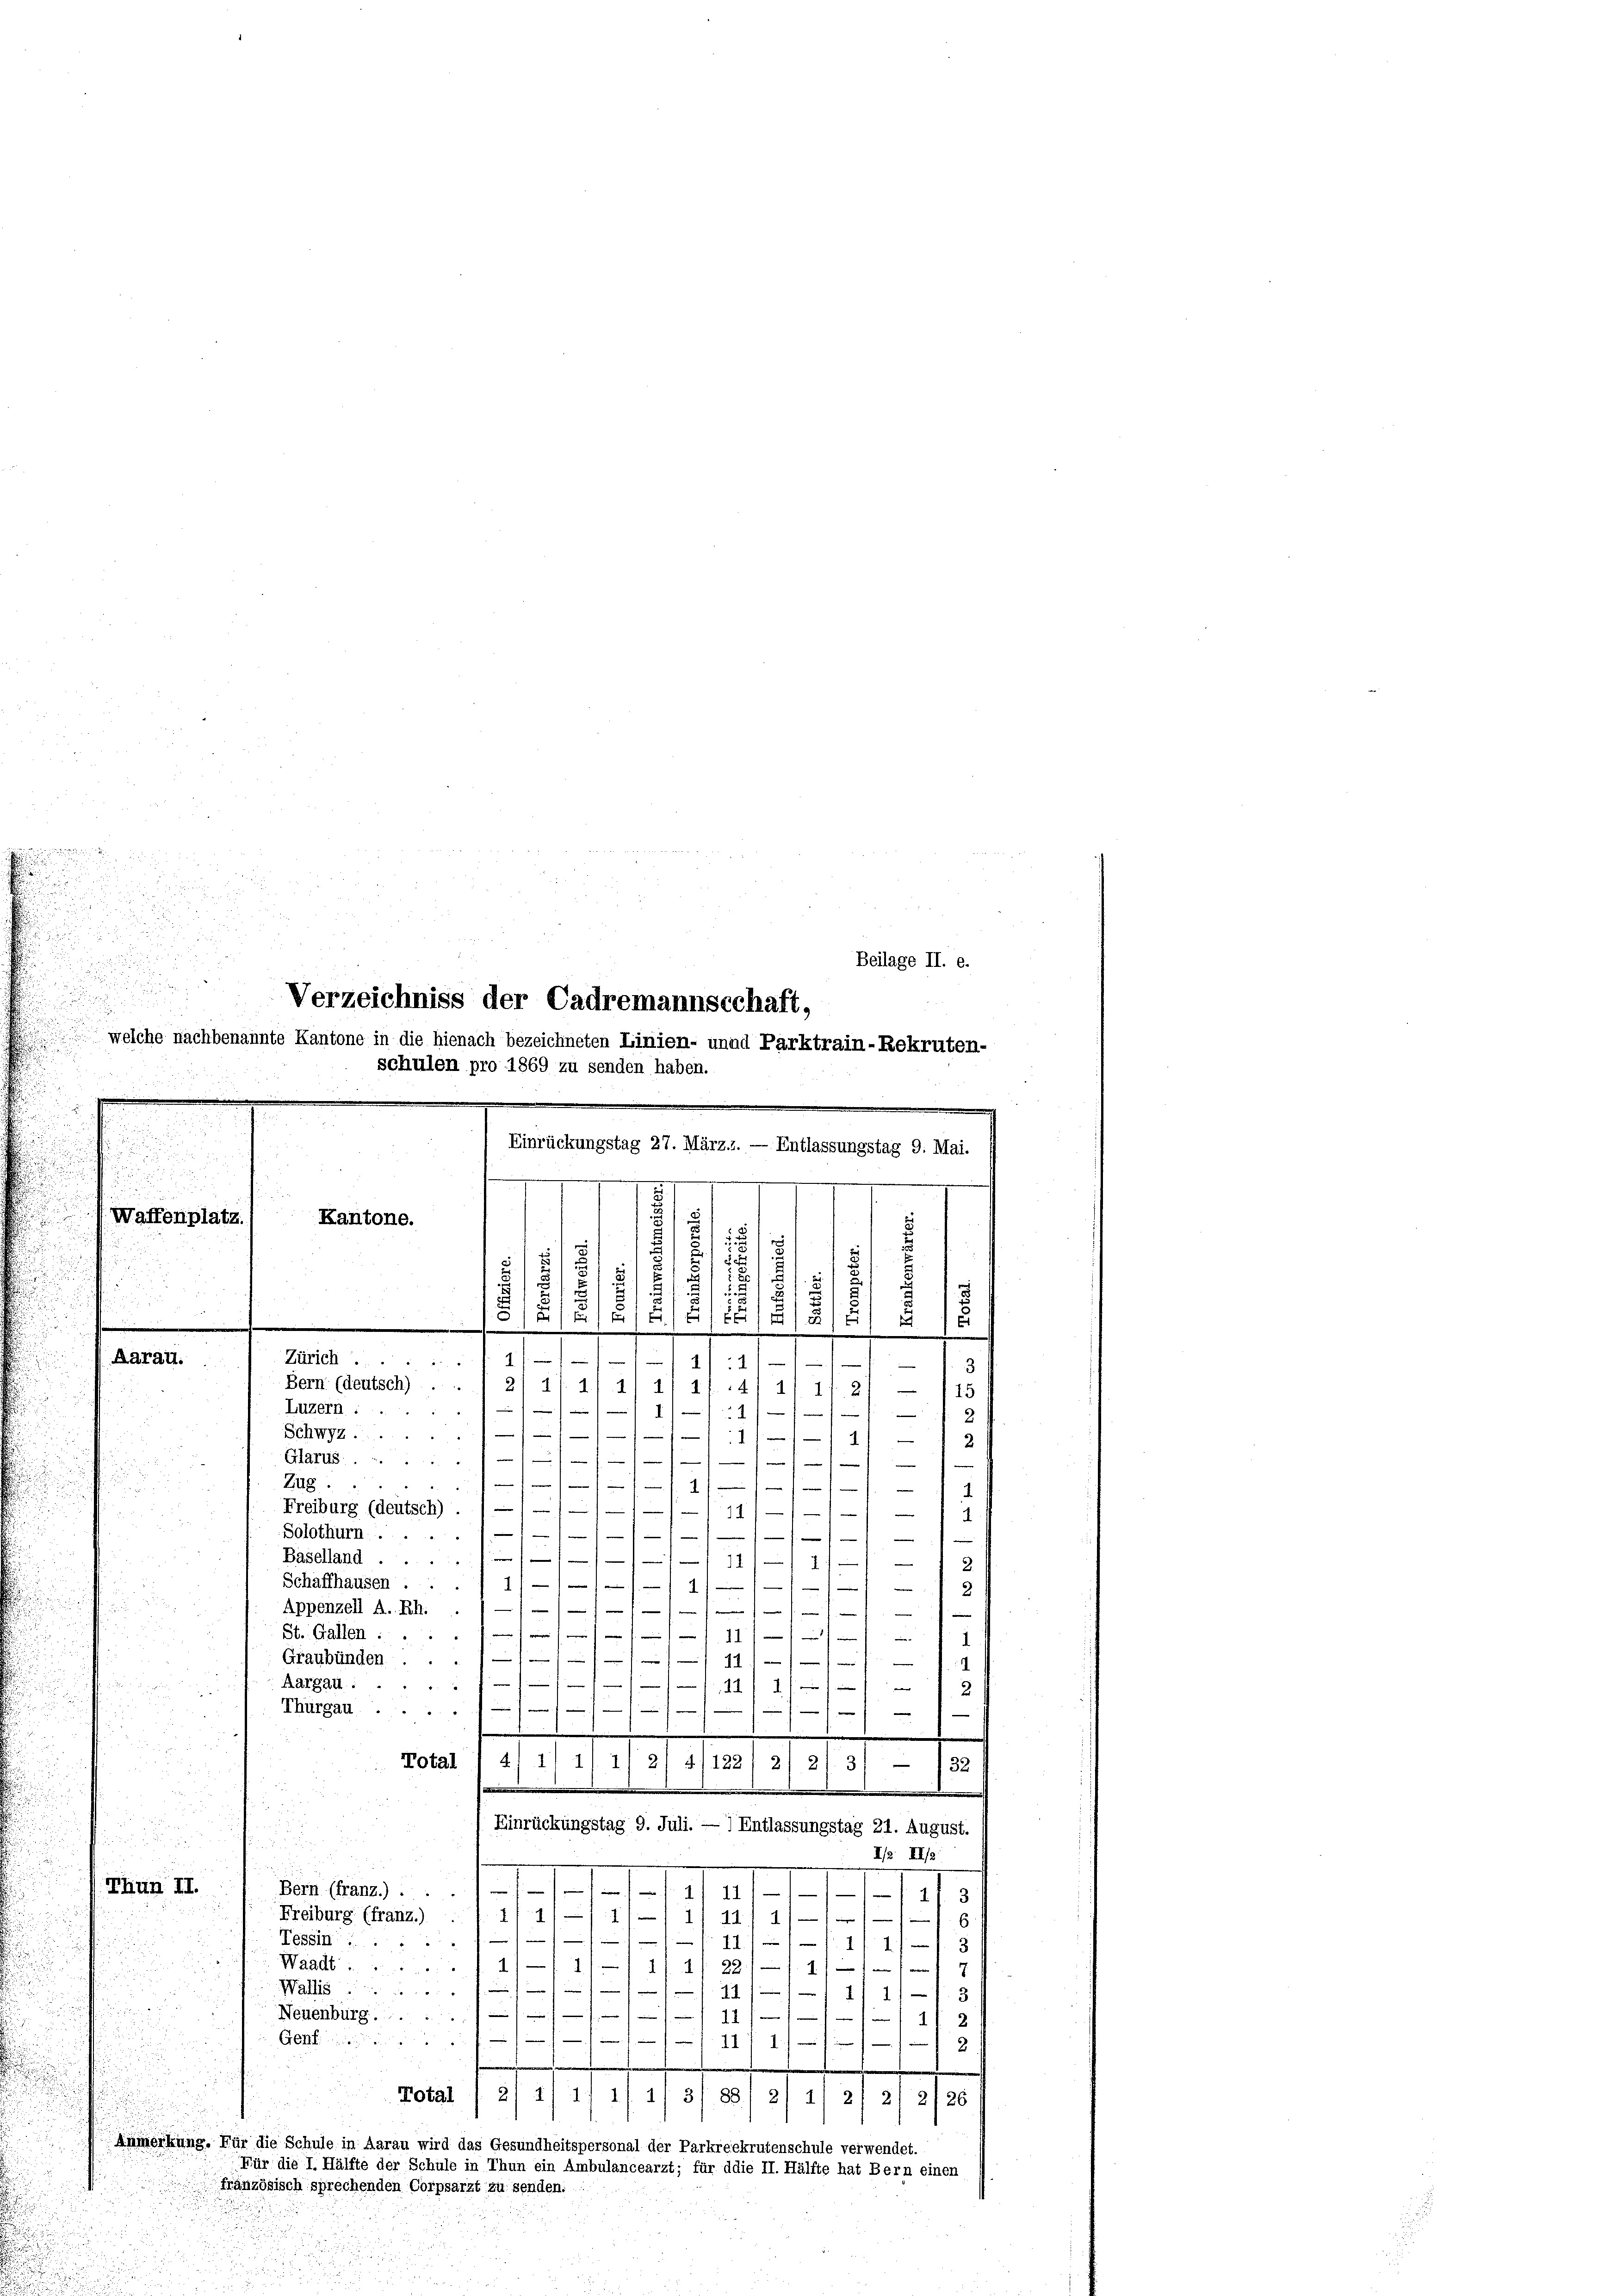
a

5

Beilage II. e.
o
Verzeichniss der Cadremannscchaft,
welche nachbenannte Kantone in die hienach bezeichneten Linien- unnd Parktrain-Rekruten-
schulen pro 1869 zu senden haben.
m
Einrückungstag 27. März.z. — Entlassungstag 9. Mai.
.
e
.
Waffenplatz. 1
Kantone.
¬
2
s
2
d
d
8
E
t
1
s
.
8
.
e
1
.
e
e
Zürich
2
Aarau.
1
e
1

11. 14/ 1
Bern (deutsch) ... 2/ 1/ 1/ 1
1
125
1
1
4

e

1
2

Luzern:
Schwyz.
1)
Glarus.1)

.
f
Zug.
1/ 1
—
d
Freiburg (deutsch) .//////-111////
e
e
Solothurn.//11/1
1
Baselland ......  ..   11/1 71
e
2.
Schaffhausen ... 1///1

2
e
r
2
Appenzell A. Rh. ./ —
i
¬

 wie somit 11

St. Gallen ....
i
1
Graubünden ...           11 m
e
.
Aargau:

i
.

Thurgau.

.
Total
.
1) 11 1/2, 4/122/ 2/ 2
3
132
Einrückungstag 9. Juli. — ) Entlassungstag 21. August.
H II/
Thun II.
Bern (franz.) .
.
11
/1 11. 31

Freiburg (franz.)
7 f 1
2/11 14. 21
1
Tessin. 11. II.1
3
1
Waadt 1/
11/4/4/ 22) — 11) —
Wallis  ..  ..  ..  ..  ..  .. . wenn eine
71)

1/ 1
Neuenburg .......
 111 4

Genf
1111/11/
Total 1 2/ 1) 1) 11 1/ 3/ 88) 2) 1, 21 21 2/26
Anmerkung. Für die Schule in Aarau wird das Gesundheitspersonal der Parkreekrutenschule verwendet.
Für die I. Hälfte der Schule in Thun ein Ambulancearzt; für ddie II. Hälfte hat Bern einen
französisch sprechenden Corpsarzt zu senden.

u